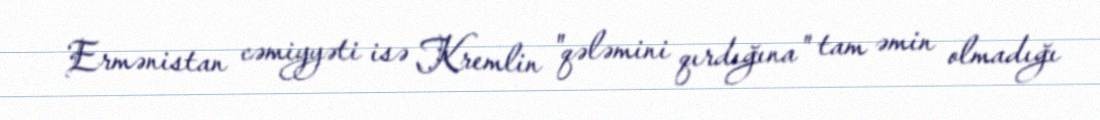
Ermənistan cəmiyyəti isə Kremlin "qələmini qırdığına" tam əmin olmadığı